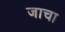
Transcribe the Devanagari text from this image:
जाचा